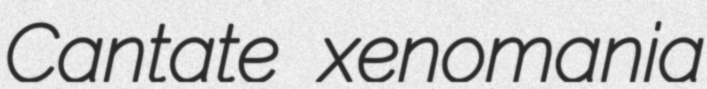
Cantate xenomania